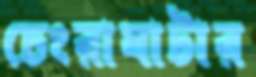
চেংরাঘাটার